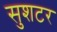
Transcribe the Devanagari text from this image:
सुशटर